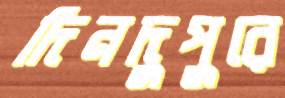
দিনদুপুরে